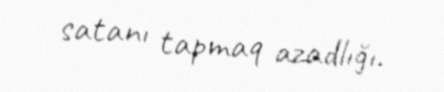
satanı tapmaq azadlığı.